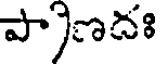
పా)ణదః